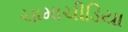
ચામાચીડિયા